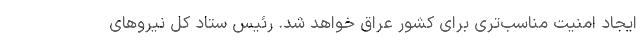
ایجاد امنیت مناسب‌تری برای کشور عراق خواهد شد. رئیس ستاد کل نیروهای